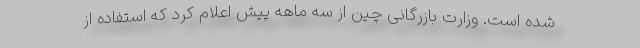
شده است. وزارت بازرگانی چین از سه ماهه پیش اعلام کرد که استفاده از